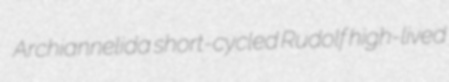
Archiannelida short-cycled Rudolf high-lived